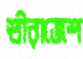
শ্রীরাজেশ